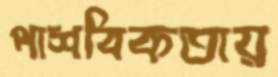
পাশবিকতায়